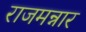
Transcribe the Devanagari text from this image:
राजमन्नार